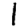
Digit: 1